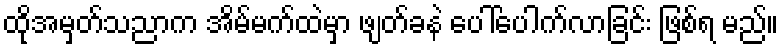
ထိုအမှတ်သညာက အိမ်မက်ထဲမှာ ဖျတ်ခနဲ ပေါ်ပေါက်လာခြင်း ဖြစ်ရ မည်။